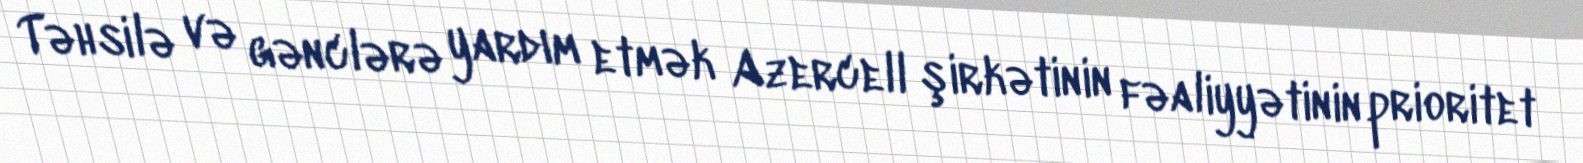
Təhsilə və gənclərə yardım etmək Azercell şirkətinin fəaliyyətinin prioritet